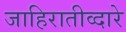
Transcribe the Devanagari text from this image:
जाहिरातीव्दारे